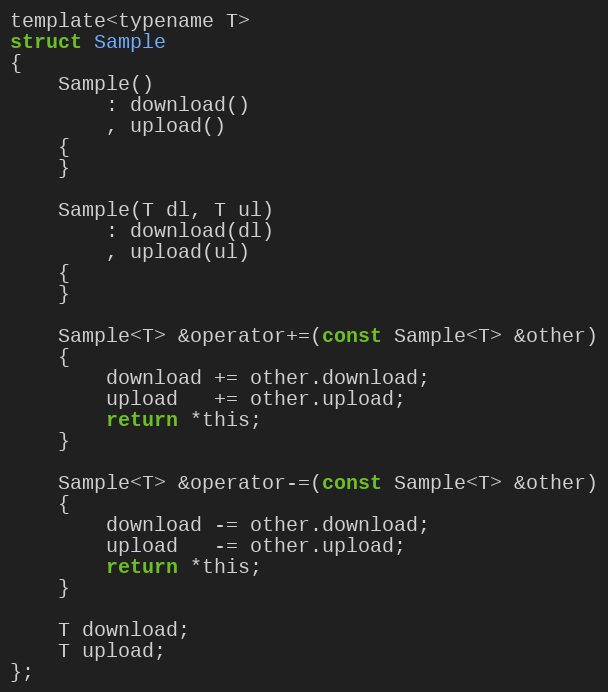
Language: C
template<typename T>
struct Sample
{
    Sample()
        : download()
        , upload()
    {
    }

    Sample(T dl, T ul)
        : download(dl)
        , upload(ul)
    {
    }

    Sample<T> &operator+=(const Sample<T> &other)
    {
        download += other.download;
        upload   += other.upload;
        return *this;
    }

    Sample<T> &operator-=(const Sample<T> &other)
    {
        download -= other.download;
        upload   -= other.upload;
        return *this;
    }

    T download;
    T upload;
};